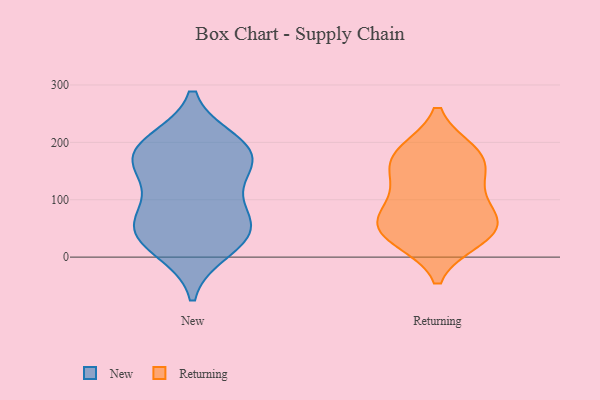
{"axis": {"x": "Inventory Turnover", "y": "Value"}, "legend": ["New", "Returning"], "data": [{"x": "", "y": 199, "type": "New"}, {"x": "", "y": 188, "type": "New"}, {"x": "", "y": 186, "type": "New"}, {"x": "", "y": 14, "type": "New"}, {"x": "", "y": 40, "type": "New"}, {"x": "", "y": 73, "type": "New"}, {"x": "", "y": 46, "type": "New"}, {"x": "", "y": 167, "type": "New"}, {"x": "", "y": 138, "type": "New"}, {"x": "", "y": 168, "type": "New"}, {"x": "", "y": 80, "type": "New"}, {"x": "", "y": 37, "type": "New"}, {"x": "", "y": 31, "type": "Returning"}, {"x": "", "y": 81, "type": "Returning"}, {"x": "", "y": 61, "type": "Returning"}, {"x": "", "y": 146, "type": "Returning"}, {"x": "", "y": 140, "type": "Returning"}, {"x": "", "y": 178, "type": "Returning"}, {"x": "", "y": 33, "type": "Returning"}, {"x": "", "y": 99, "type": "Returning"}, {"x": "", "y": 183, "type": "Returning"}, {"x": "", "y": 53, "type": "Returning"}, {"x": "", "y": 181, "type": "Returning"}, {"x": "", "y": 49, "type": "Returning"}]}